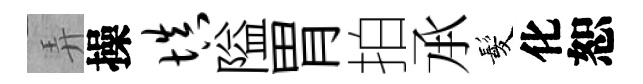
弄操填隘胃拍𠄘髪化恕